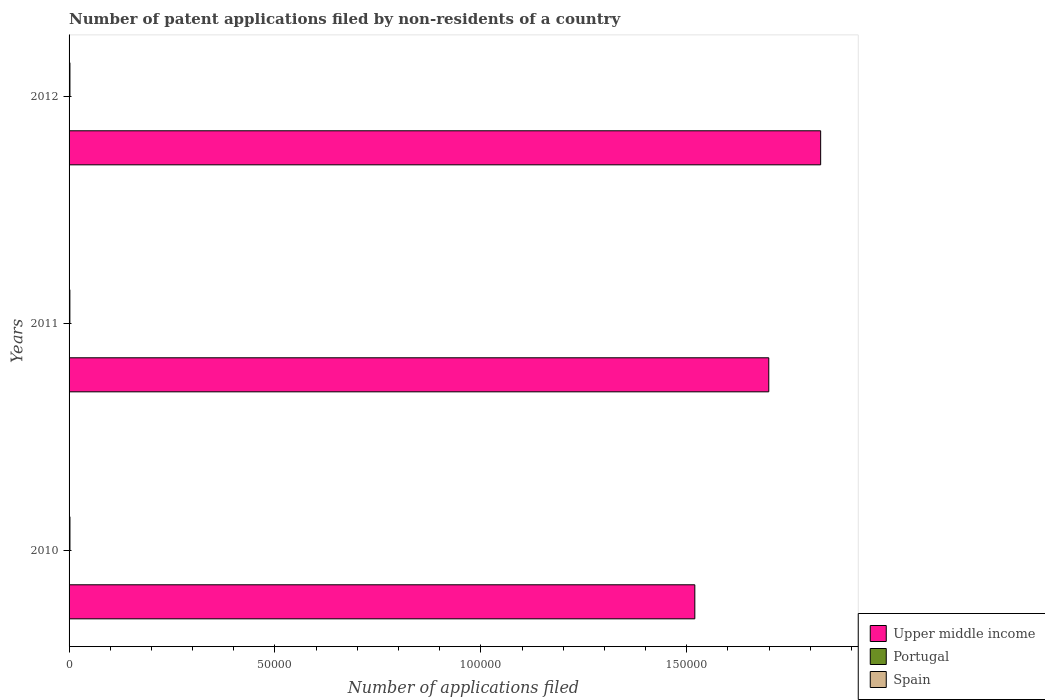
| Years | Upper middle income | Portugal | Spain |
 | --- | --- | --- | --- |
 | 2010 | 1.52e+05 | 46 | 213 |
 | 2011 | 1.7e+05 | 75 | 196 |
 | 2012 | 1.83e+05 | 26 | 209 |